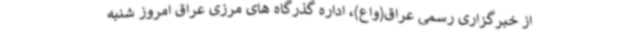
از خبرگزاری رسمی عراق(واع)، اداره گذرگاه های مرزی عراق امروز شنبه